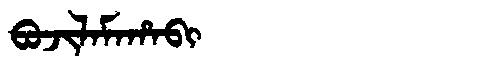
Manchu: ᠪᠣᠵᡳᠯᠠᠮᠠᡥᠠᠪᡳ
Romanization: BOJILAMAHABI